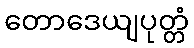
တောဒေယျပုတ္တံ